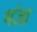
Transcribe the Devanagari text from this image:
भंजा